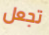
تجعل